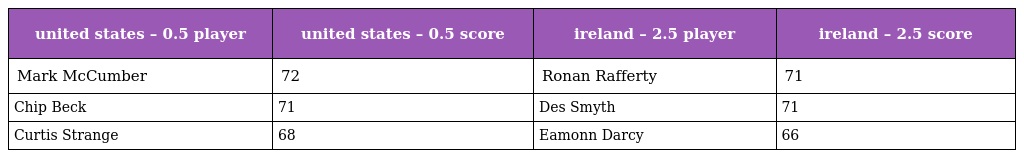
| united states – 0.5 player | united states – 0.5 score | ireland – 2.5 player | ireland – 2.5 score |
 | --- | --- | --- | --- |
 | Mark McCumber | 72 | Ronan Rafferty | 71 |
 | Chip Beck | 71 | Des Smyth | 71 |
 | Curtis Strange | 68 | Eamonn Darcy | 66 |